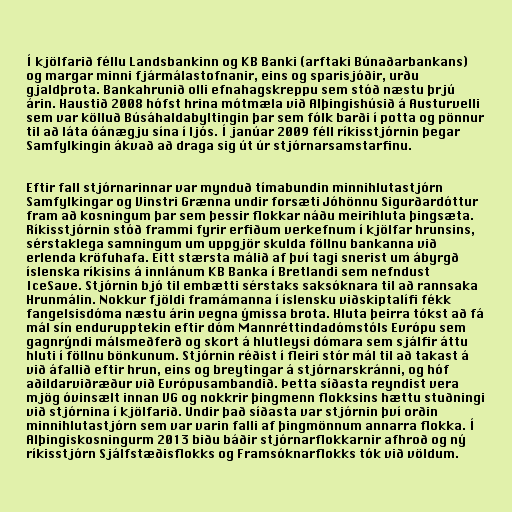
Í kjölfarið féllu Landsbankinn og KB Banki (arftaki Búnaðarbankans)
og margar minni fjármálastofnanir, eins og sparisjóðir, urðu
gjaldþrota. Bankahrunið olli efnahagskreppu sem stóð næstu þrjú
árin. Haustið 2008 hófst hrina mótmæla við Alþingishúsið á Austurvelli
sem var kölluð Búsáhaldabyltingin þar sem fólk barði í potta og pönnur
til að láta óánægju sína í ljós. Í janúar 2009 féll ríkisstjórnin þegar
Samfylkingin ákvað að draga sig út úr stjórnarsamstarfinu.

Eftir fall stjórnarinnar var mynduð tímabundin minnihlutastjórn
Samfylkingar og Vinstri Grænna undir forsæti Jóhönnu Sigurðardóttur
fram að kosningum þar sem þessir flokkar náðu meirihluta þingsæta.
Ríkisstjórnin stóð frammi fyrir erfiðum verkefnum í kjölfar hrunsins,
sérstaklega samningum um uppgjör skulda föllnu bankanna við
erlenda kröfuhafa. Eitt stærsta málið af því tagi snerist um ábyrgð
íslenska ríkisins á innlánum KB Banka í Bretlandi sem nefndust
IceSave. Stjórnin bjó til embætti sérstaks saksóknara til að rannsaka
Hrunmálin. Nokkur fjöldi framámanna í íslensku viðskiptalífi fékk
fangelsisdóma næstu árin vegna ýmissa brota. Hluta þeirra tókst að fá
mál sín endurupptekin eftir dóm Mannréttindadómstóls Evrópu sem
gagnrýndi málsmeðferð og skort á hlutleysi dómara sem sjálfir áttu
hluti í föllnu bönkunum. Stjórnin réðist í fleiri stór mál til að takast á
við áfallið eftir hrun, eins og breytingar á stjórnarskránni, og hóf
aðildarviðræður við Evrópusambandið. Þetta síðasta reyndist vera
mjög óvinsælt innan VG og nokkrir þingmenn flokksins hættu stuðningi
við stjórnina í kjölfarið. Undir það síðasta var stjórnin því orðin
minnihlutastjórn sem var varin falli af þingmönnum annarra flokka. Í
Alþingiskosningurm 2013 biðu báðir stjórnarflokkarnir afhroð og ný
ríkisstjórn Sjálfstæðisflokks og Framsóknarflokks tók við völdum.